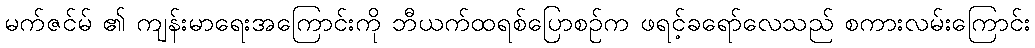
မက်ဇင်မ် ၏ ကျန်းမာရေးအကြောင်းကို ဘီယက်ထရစ်ပြောစဉ်က ဖရင့်ခရော်လေသည် စကားလမ်းကြောင်း